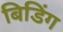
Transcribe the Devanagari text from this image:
बिडिंग